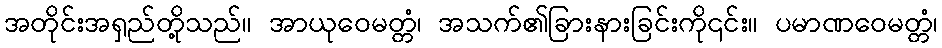
အတိုင်းအရှည်တို့သည်။ အာယုဝေမတ္တံ၊ အသက်၏ခြားနားခြင်းကို၎င်း။ ပမာဏဝေမတ္တံ၊